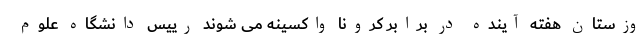
وزستان هفته آینده در برابر کرونا واکسینه می شوند رییس دانشگاه علوم